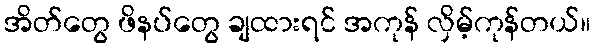
အိတ်တွေ ဖိနပ်တွေ ချထားရင် အကုန် လှိမ့်ကုန်တယ်။